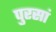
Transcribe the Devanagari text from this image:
पुरसां